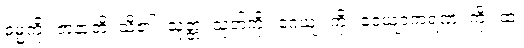
ဓမ္မကို။ ဇာနာတိ၊ သိ၏။ သုတ္တံ၊ သုတ်ကို။ ဂေယျံ၊ ကို။ ဝေယျာကရဏံ၊ ကို။ ထံ၊